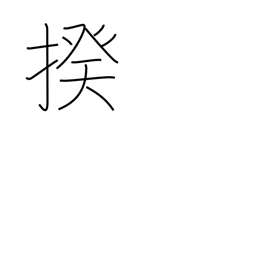
Meaning: category